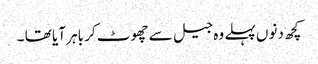
کچھ دنوں پہلے وہ جیل سے چھوٹ کر باہر آیا تھا ۔